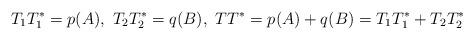
LaTeX: \begin{align*} T_1 T_1^* = p(A), \ T_2 T_2^* = q(B), \ T T^* = p(A)+q(B) = T_1 T_1^* + T_2 T_2^* \end{align*}